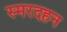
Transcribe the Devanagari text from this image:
स्मरदहन